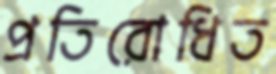
প্রতিরোধিত